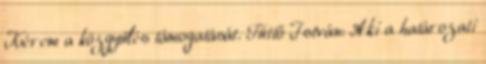
Kérem a közgyűlés támogatását. Tüttő István: Aki a határozati